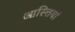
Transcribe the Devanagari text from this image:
आस्त्तियां